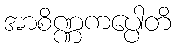
အာစိဏ္ဏကပ္ပေါတိ